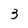
Character: 3